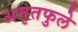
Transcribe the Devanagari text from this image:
अमृतफुले